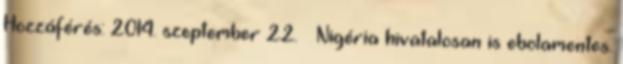
Hozzáférés: 2014. szeptember 22. ↑ Nigéria hivatalosan is ebolamentes.